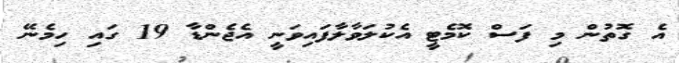
އެ ގޮތުން މި ފަސް ކޮމެޓީ އެކުލަވާލާފައިވަނީ އެޖެންޑާ 19 ގައި ހިމެނޭ